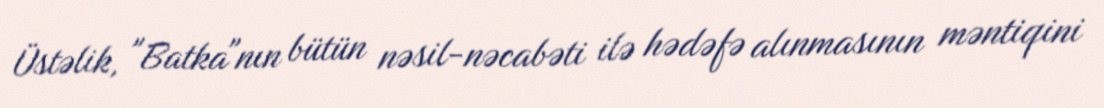
Üstəlik, "Batka"nın bütün nəsil-nəcabəti ilə hədəfə alınmasının məntiqini